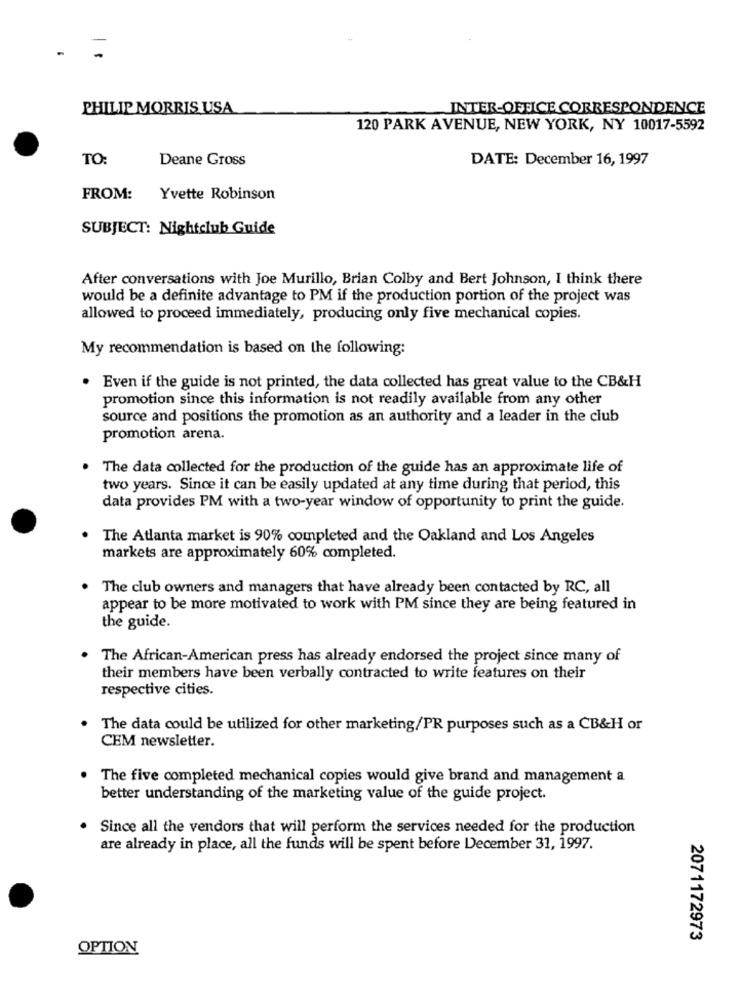
PHILIP MORRIS USA
INTER-OFFICE CORRESPONDENCE
120 PARK AVENUE, NEW YORK, NY 10017-5592
TO:
Deane Gross
DATE: December 16, 1997
FROM:
Yvette Robinson
SUBJECT: Nightclub Guide
After conversations with Joe Murillo, Brian Colby and Bert Johnson, I think there
would be a definite advantage to PM if the production portion of the project was
allowed to proceed immediately, producing only five mechanical copies.
My recommendation is based on the following:
. Even if the guide is not printed, the data collected has great value to the CB&H
promotion since this information is not readily available from any other
source and positions the promotion as an authority and a leader in the club
promotion arena.
The data collected for the production of the guide has an approximate life of
two years. Since it can be easily updated at any time during that period, this
data provides PM with a two-year window of opportunity to print the guide.
The Atlanta market is 90% completed and the Oakland and Los Angeles
markets are approximately 60% completed.
The club owners and managers that have already been contacted by RC, all
appear to be more motivated to work with PM since they are being featured in
the guide.
The African-American press has already endorsed the project since many of
their members have been verbally contracted to write features on their
respective cities.
The data could be utilized for other marketing/PR purposes such as a CB&H or
CEM newsletter.
The five completed mechanical copies would give brand and management a
better understanding of the marketing value of the guide project.
Since all the vendors that will perform the services needed for the production
are already in place, all the funds will be spent before December 31, 1997.
2071172973
OPTION